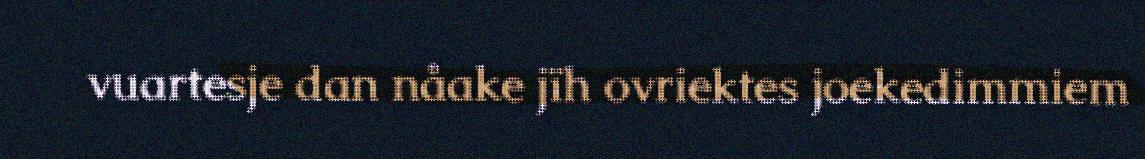
vuartesje dan nåake jïh ovriektes joekedimmiem